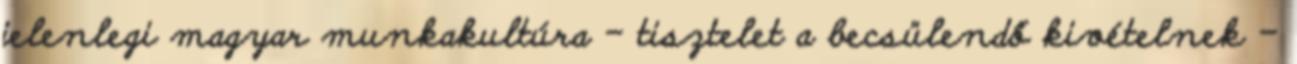
jelenlegi magyar munkakultúra – tisztelet a becsülendő kivételnek –